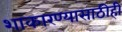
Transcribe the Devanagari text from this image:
शाकारण्यासाठीही